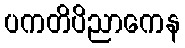
ပကတိပိညာကေန